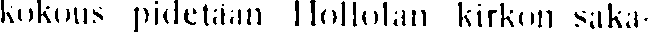
kokous pidetään Hollolan kirkon saka-